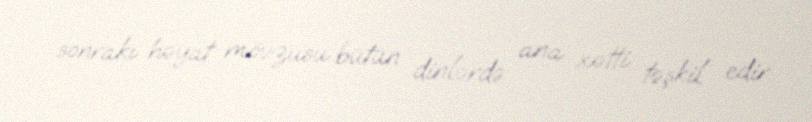
sonrakı həyat mövzusu bütün dinlərdə ana xətti təşkil edir.